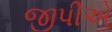
જીપીએ